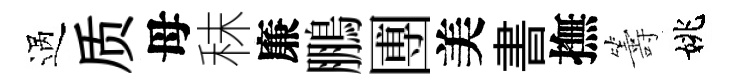
過质母秣廉鵬圑美書撫籌姚